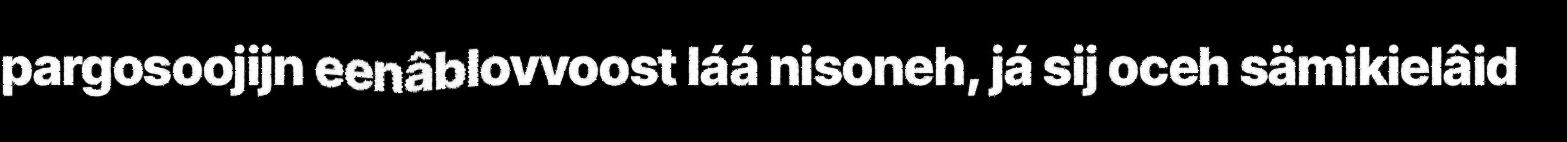
pargosoojijn eenâblovvoost láá nisoneh, já sij oceh sämikielâid